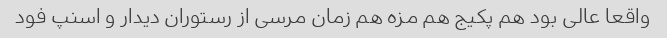
واقعا عالی بود هم پکیج هم مزه هم زمان مرسی از رستوران دیدار و اسنپ فود